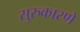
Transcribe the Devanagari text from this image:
सुरुकारणे